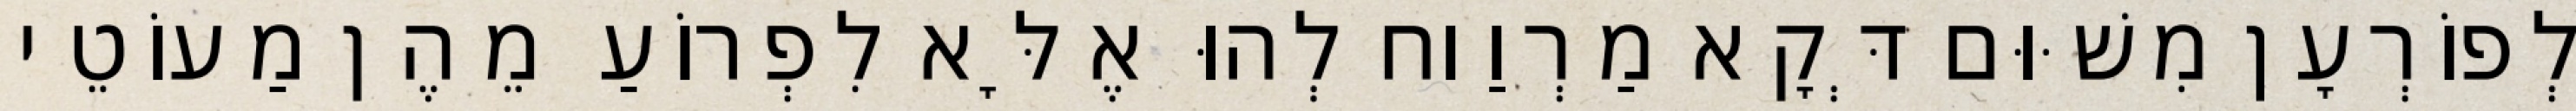
לְפוֹרְעָן מִשּׁוּם דְּקָא מַרְוַוח לְהוּ אֶלָּא לִפְרוֹעַ מֵהֶן מַעוֹטֵי